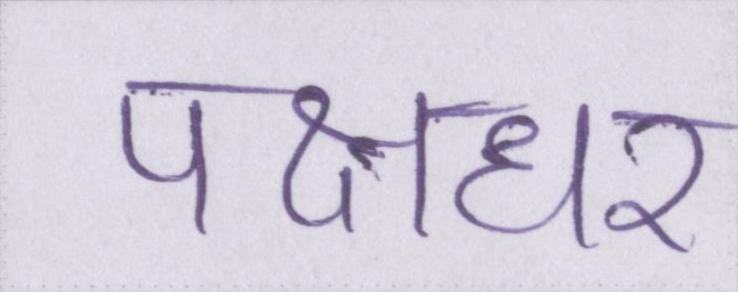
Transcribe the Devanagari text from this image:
पक्षधर